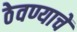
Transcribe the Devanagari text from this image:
ठेवण्याचें